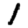
Digit: 1